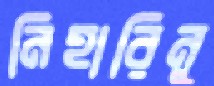
নিহারিনু